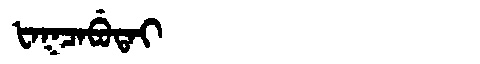
Manchu: ᡶᠠᡴᠴᠠᠪᡠᡨᠠᡳ
Romanization: FAKCABUTAI